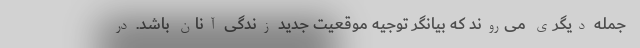
جمله دیگری می‌روند که بیانگر توجیه موقعیت جدید زندگی آنان باشد. در